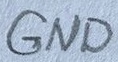
Text: GND